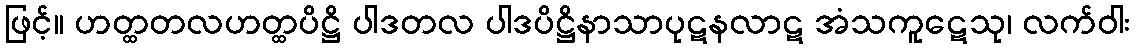
ဖြင့်။ ဟတ္ထတလဟတ္ထပိဋ္ဌိ ပါဒတလ ပါဒပိဋ္ဌိနာသာပုဋနလာဋ အံသကူဋေသု၊ လက်ဝါး